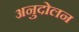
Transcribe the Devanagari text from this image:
अनुदोलन